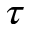
\tau